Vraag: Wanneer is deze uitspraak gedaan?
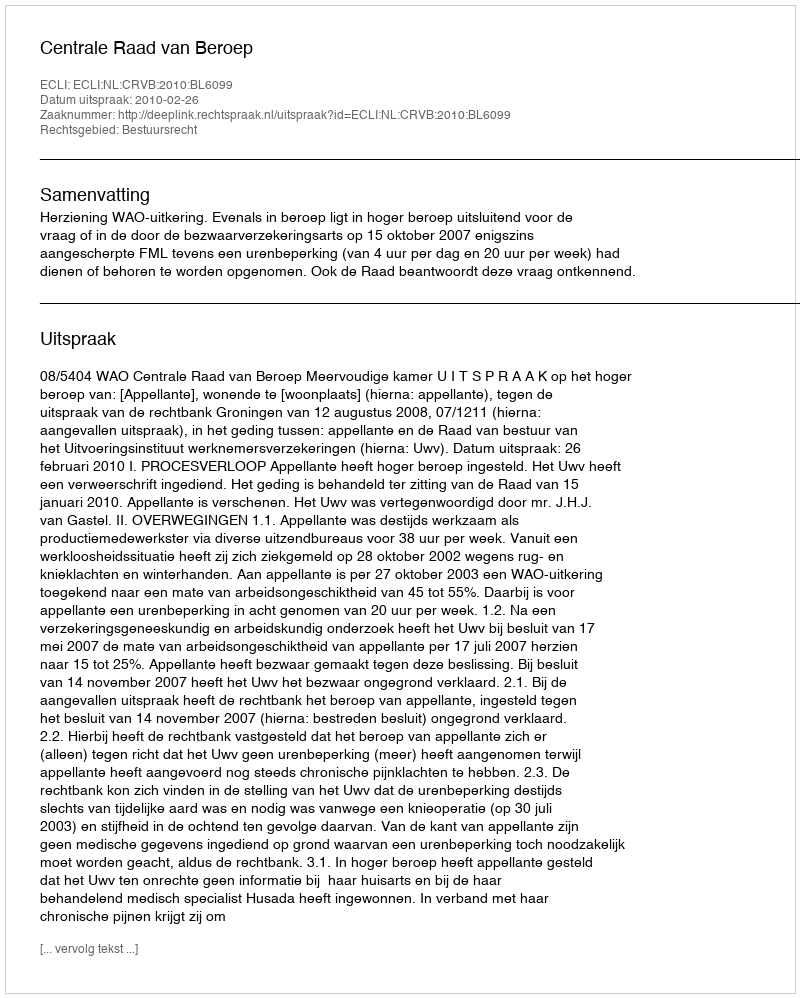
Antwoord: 2010-02-26